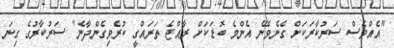
"އެއްވެސް ސަރުކާރަކަށް ގެނެވޭނެ އެންމެ ބޮޑަކަށް ރާއްޖެ ތަރައްގީ ކުރެވިގެންދާނެ" ސަރުކާރުގެ ގިނަ